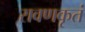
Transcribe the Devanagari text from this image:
रावणकृतं